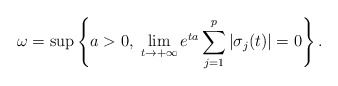
\begin{align*} \omega=\sup\left\{a>0,\; \lim_{t\to +\infty} e^{ta}\sum_{j=1}^p|\sigma_j(t)|=0\right\}.\end{align*}